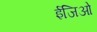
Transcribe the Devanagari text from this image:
ईजिओ